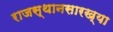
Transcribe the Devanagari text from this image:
राजस्थानसारख्या